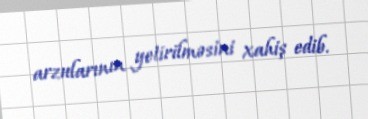
arzularının yetirilməsini xahiş edib.